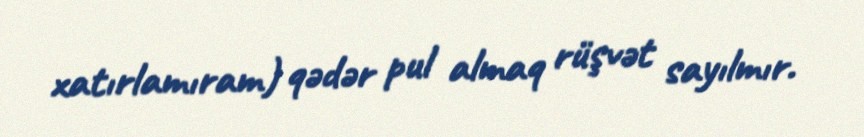
xatırlamıram) qədər pul almaq rüşvət sayılmır.